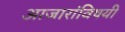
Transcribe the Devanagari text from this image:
आजारांविषयी